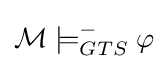
{\mathcal {M}}\models _{GTS}^{-}\varphi